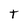
Character: t